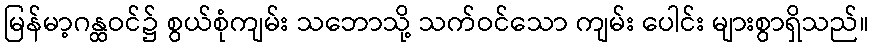
မြန်မာ့ဂန္ထဝင်၌ စွယ်စုံကျမ်း သဘောသို့ သက်ဝင်သော ကျမ်း ပေါင်း များစွာရှိသည်။